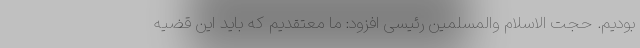
بودیم. حجت الاسلام والمسلمین رئیسی افزود: ما معتقدیم که باید این قضیه